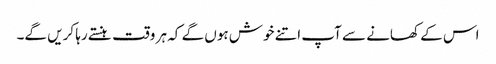
اس کے کھانے سے آپ اتنے خوش ہوں گے کہ ہر وقت ہنستے رہا کریں گے۔